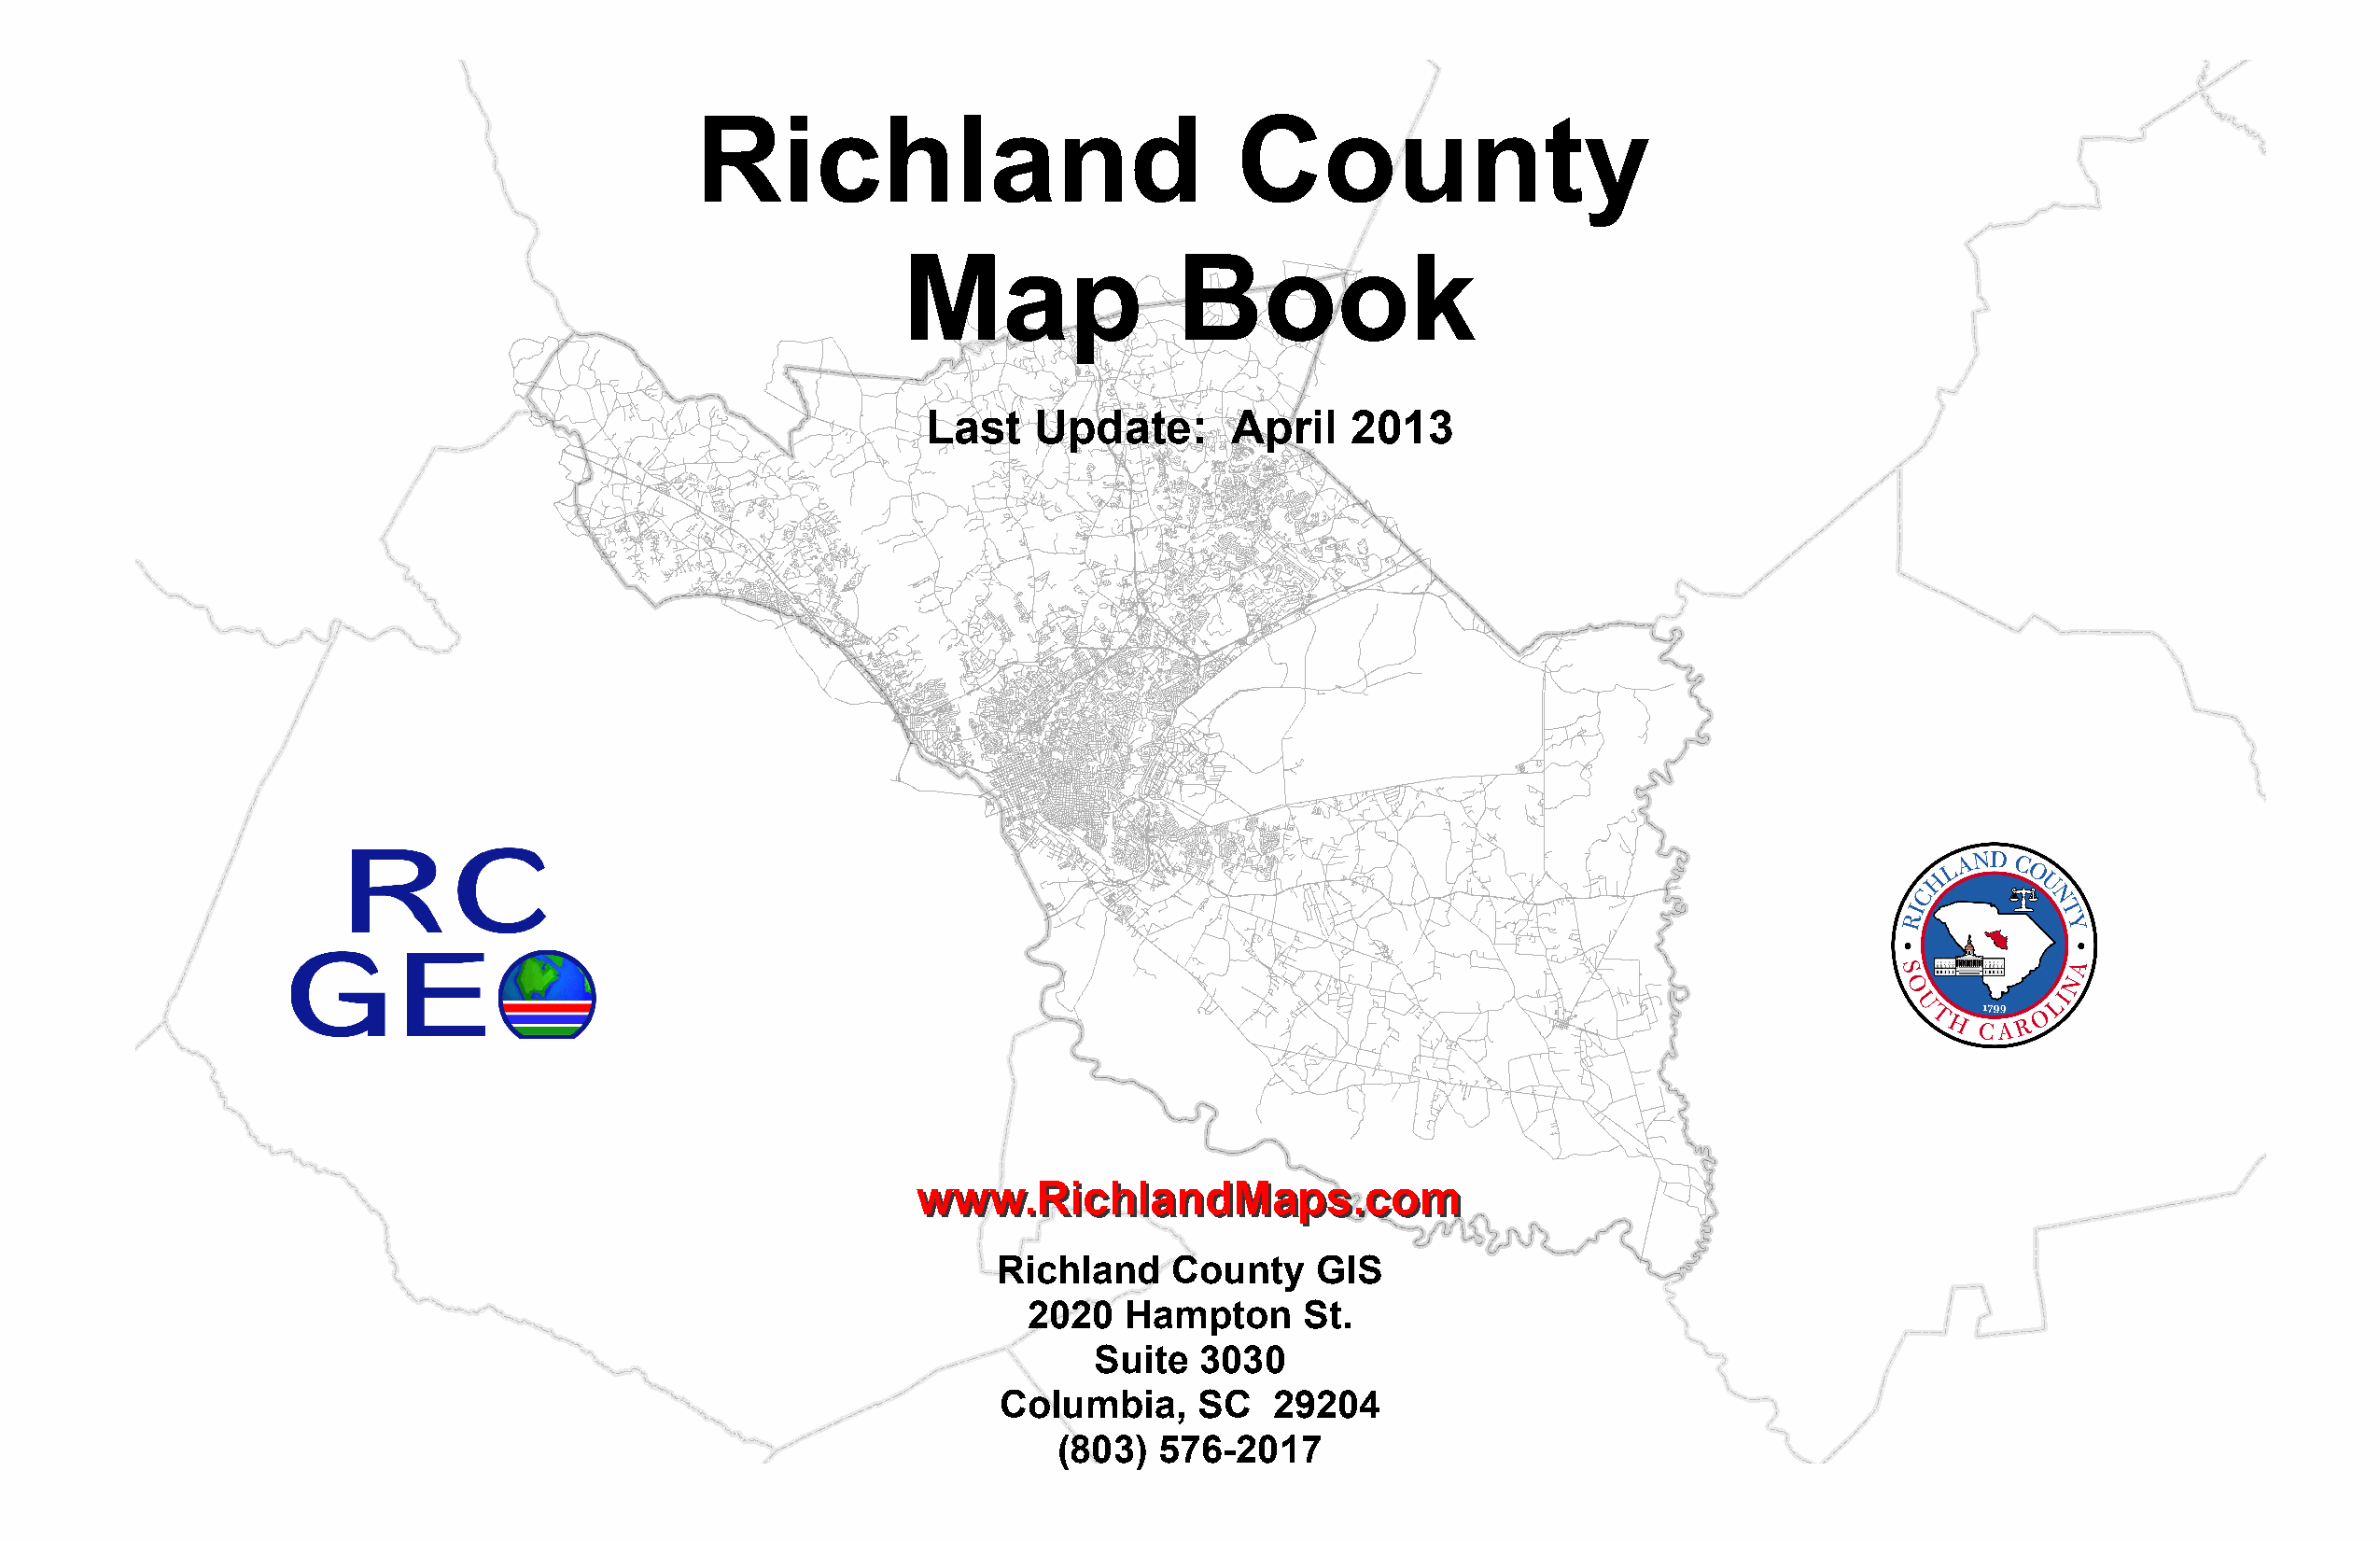
Richland                               County
 Map                Book
 Last   Update:       April    2013
 wwwwww..RRiicchhllaannddMMaappss..ccoomm
 Richland    County    GIS
 2020   Hampton     St.
 Suite  3030
 Columbia,     SC   29204
 (803)  576-2017